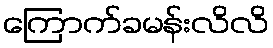
ကြောက်ခမန်းလိလိ